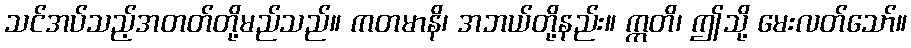
သင်အပ်သည့်အတတ်တို့မည်သည်။ ကတမာနိ၊ အဘယ်တို့နည်း။ ဣတိ၊ ဤသို့ မေးလတ်သော်။